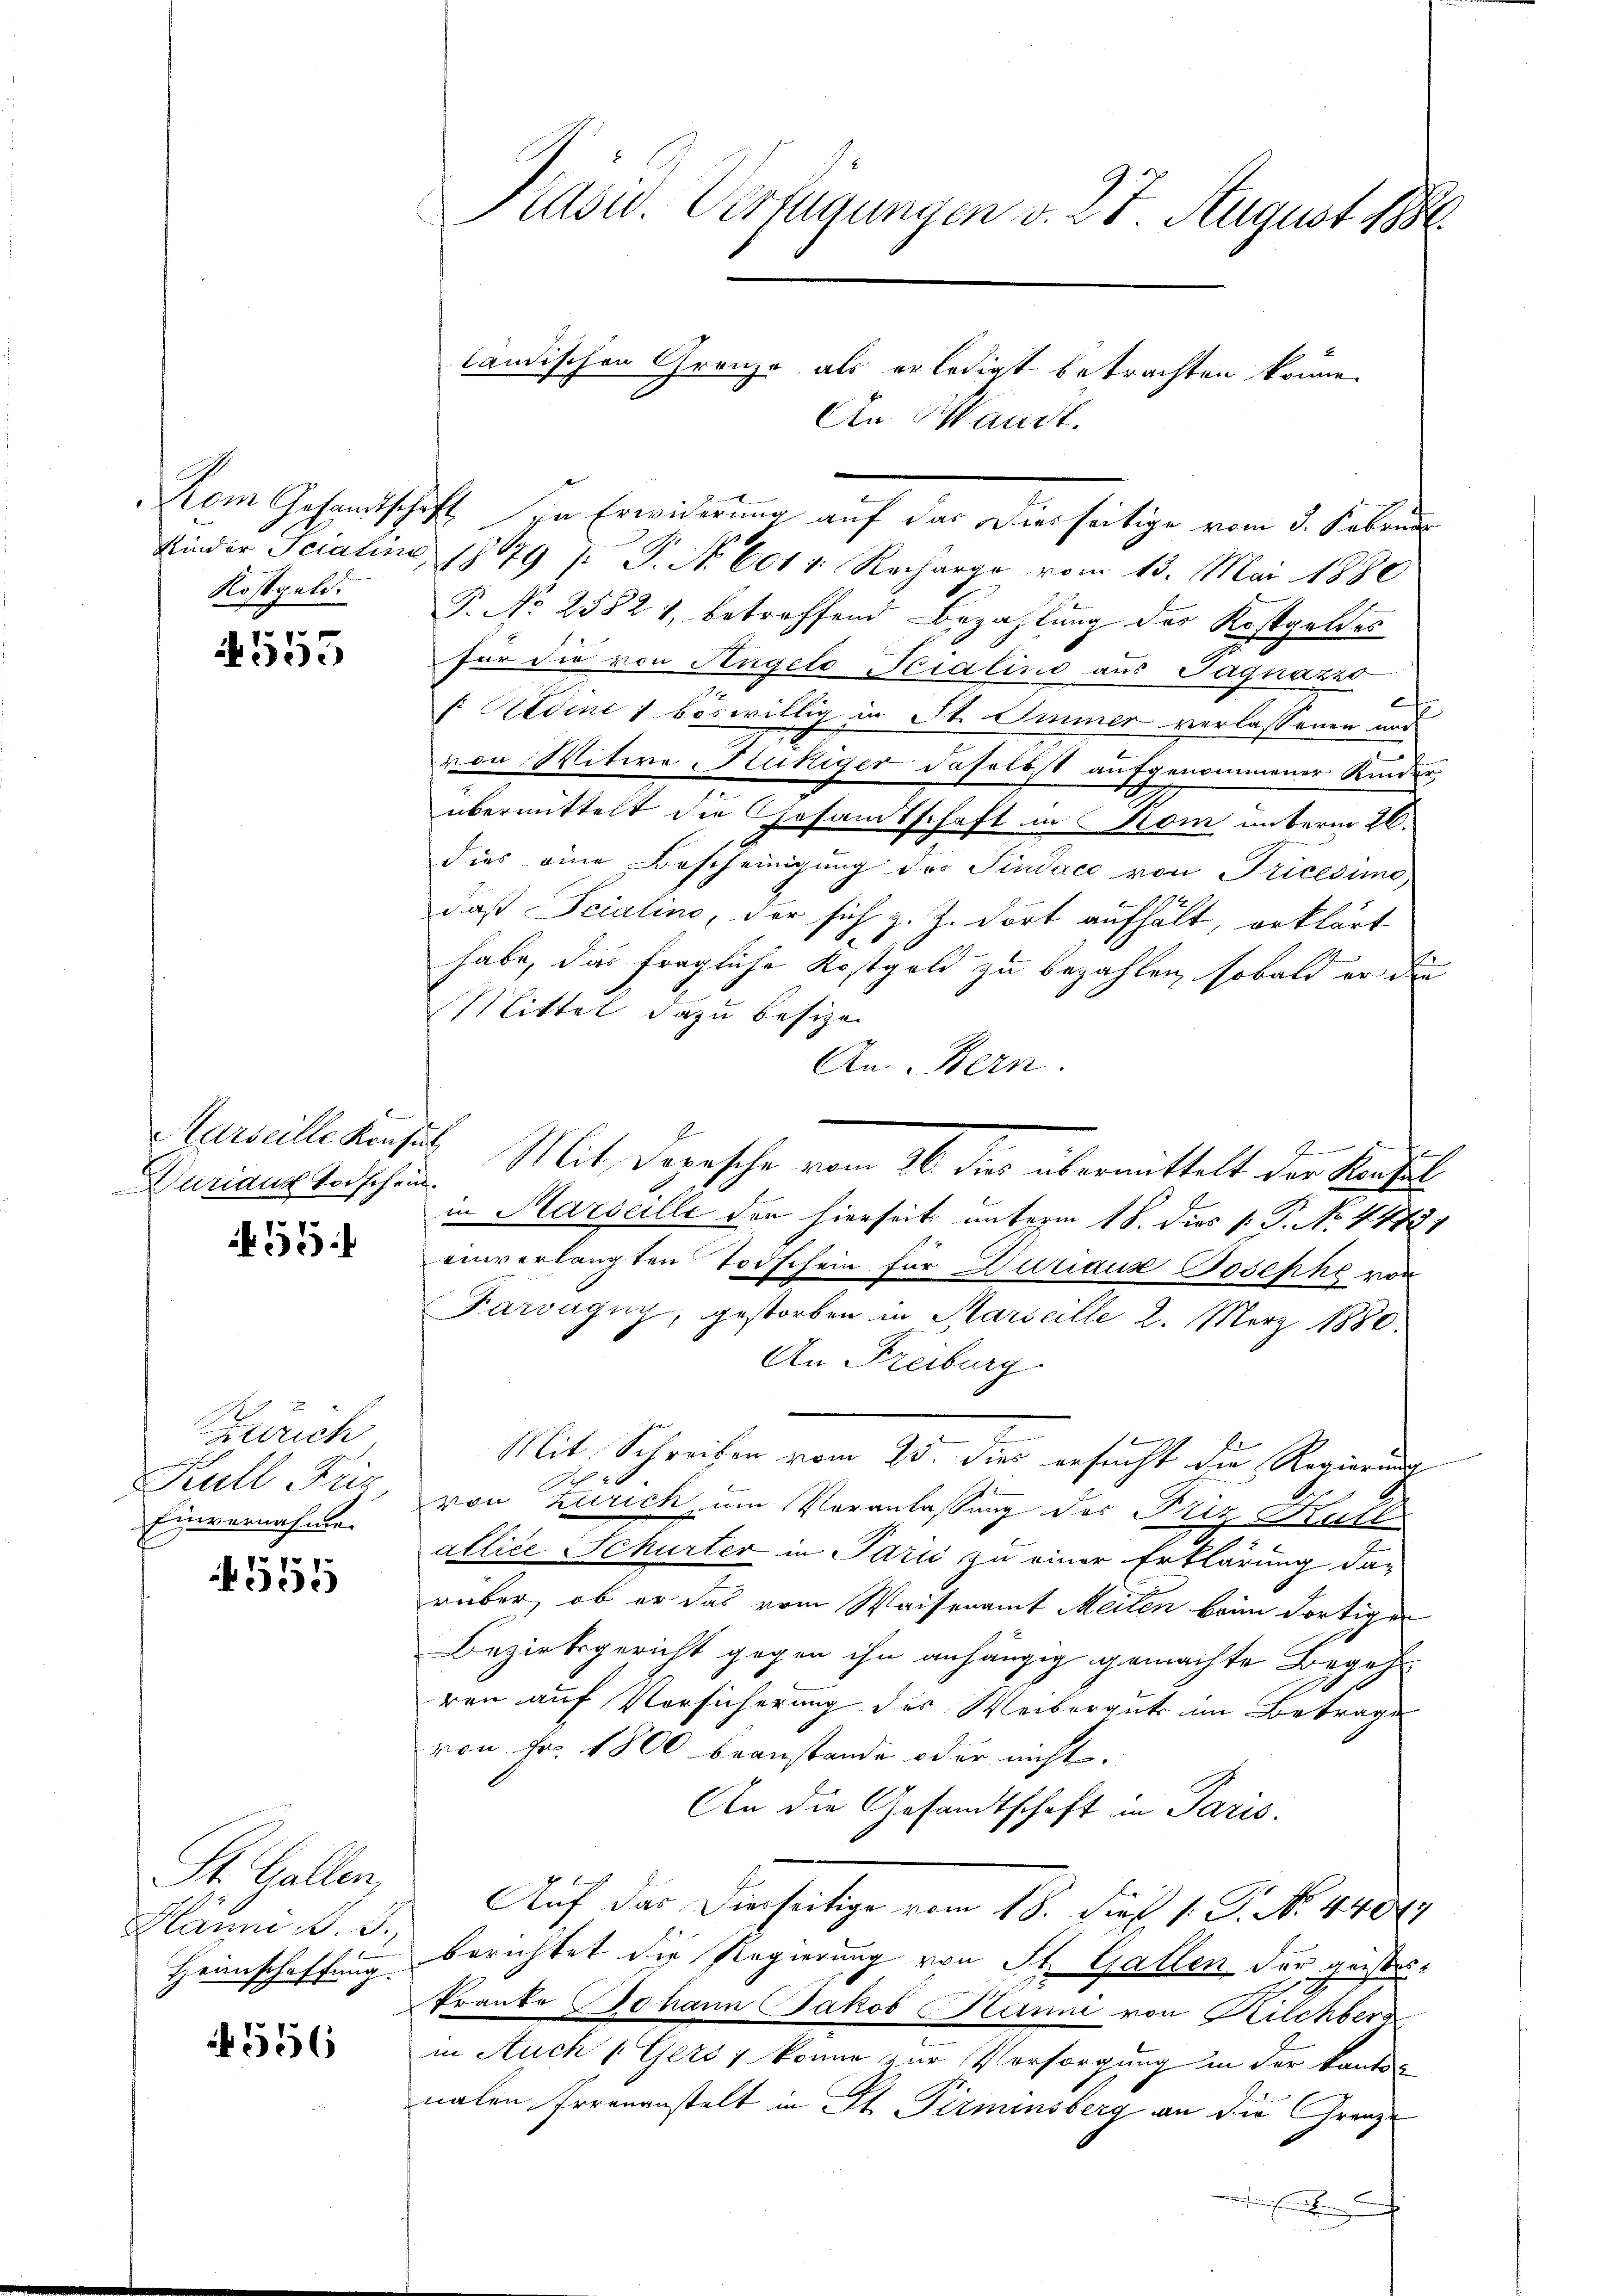
Kostgeld.

7
05

Duriana Todschein.

55

Zürich
Kull Friz
Einvernahme.

555

St. Gallen,
Hänni d. J.,

556

Kom Gesandtschaft in Erwiderung auf das Dierseitige vom 3. Februar
Kinder Seratine, 1879 / P. Nr. 6011. Recharge vom 13. Mai 1880
T. No 2582 1, betreffend Bezahlung des Kostgeldes
für die von Angelo Hialino aus Pagnazzo
F. Hedine 1 böswillig in St. Simmer verlassenen und
von Witwe lukiger daselbst aufgenommener Kinder
übermittelt die Gesandtschaft in Kom unterm 26.
dies eine Bescheinigung des Pindaco von Tricesung
daß Fcialins, der sich z. Z. dort aufhält, erklärt
habe, das fragliche Kostgeld zu bezahlen, sobald er die
Mittel dazu besizen
An Bern.
1
Marseille Konsis. Mit Depesche vom 26. dies übermittelt der Kaufel
in Marseille der hierseit unterm 18. dies p. P. No 14731
einverlangten Todschein für Duriaux Josephe von
Farvagny, gestorben in Marseille 2. März 1880.
An Freiburg
Mit Schreiben vom 25. dies ersucht die Regierung
x
von Zürich, um Veranlassung des Friz Hult
allice Schurter in Paris zu einer Erklärung darüber, ob er das vom Waisenamt Meilen beim dortigen
Bezirksgericht gegen ihn anhängig gemachte Begeh¬
E
ren auf Vorsicherung des Weiberguts im Betrage
von Fr. 1800 beanstande oder nicht.
An die Gesandtschaft in Paris.
Auf das Dieseitige vom 18. Fuß. 1. P. No. 4400
Heinschaffung berichtet die Regierung von St. Gallen, der geistes¬
Prante Johann Jakob Hanni von Rilchberg
in Auch 1 Gers; könne zur Versorgung in der kanten
nalen Irrenanstalt in St. Perminsberg an die Gränze
x

Präsid. Verfügungen v. 27. August 186
ländischen Grenze als erledigt betrachten könne.
An Waadt.